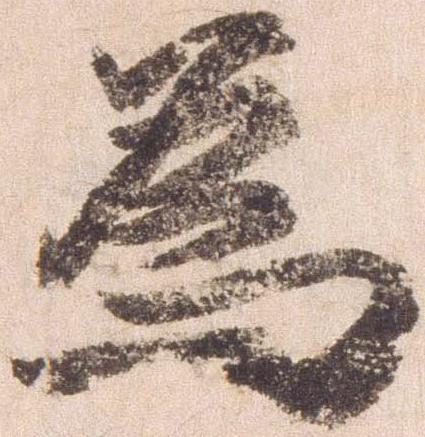
為